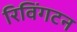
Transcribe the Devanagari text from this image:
रिविंगटन